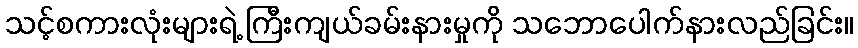
သင့်စကားလုံးများရဲ့ ကြီးကျယ်ခမ်းနားမှုကို သဘောပေါက်နားလည်ခြင်း။